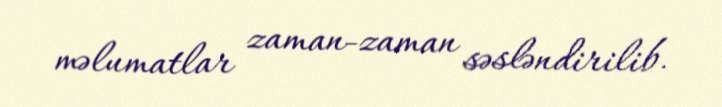
məlumatlar zaman-zaman səsləndirilib.